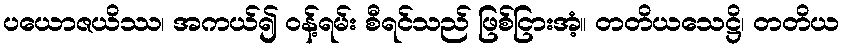
ပယောဇယိဿ၊ အကယ်၍ ဝန့်ရမ်း စီရင်သည် ဖြစ်ငြားအံ့။ တတိယသေဋ္ဌိ၊ တတိယ